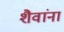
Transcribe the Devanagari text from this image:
शैवांना